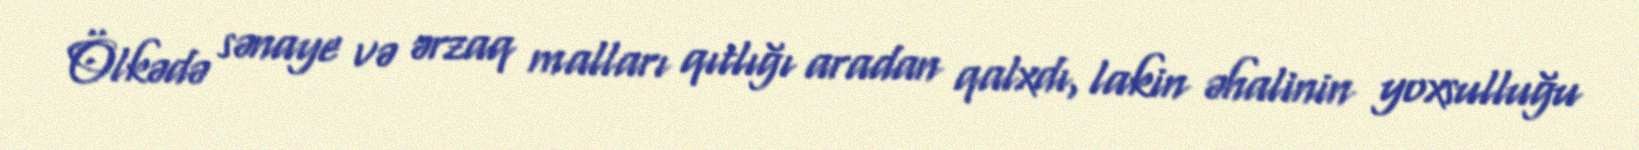
Ölkədə sənaye və ərzaq malları qıtlığı aradan qalxdı, lakin əhalinin yoxsulluğu